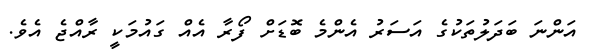
އަންނަ ބަދަލުތަކުގެ އަސަރު އެންމެ ބޮޑަށް ފޯރާ އެއް ގައުމަކީ ރާއްޖެ އެވެ.